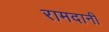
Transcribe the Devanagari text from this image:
रामदानी